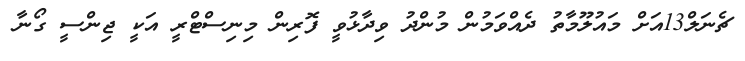
ޗެނަލް13އަށް މައުލޫމާތު ދެއްވަމުން މުންދު ވިދާޅުވީ ފޮރިން މިނިސްޓްރީ އަކީ ޖިންސީ ގޯނާ